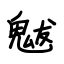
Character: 魃